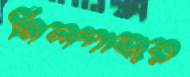
মিলপাড়ার